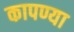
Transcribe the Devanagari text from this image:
कापण्या